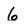
Character: 6